Kassari_(Keina)_vallavalitsus, lk 22
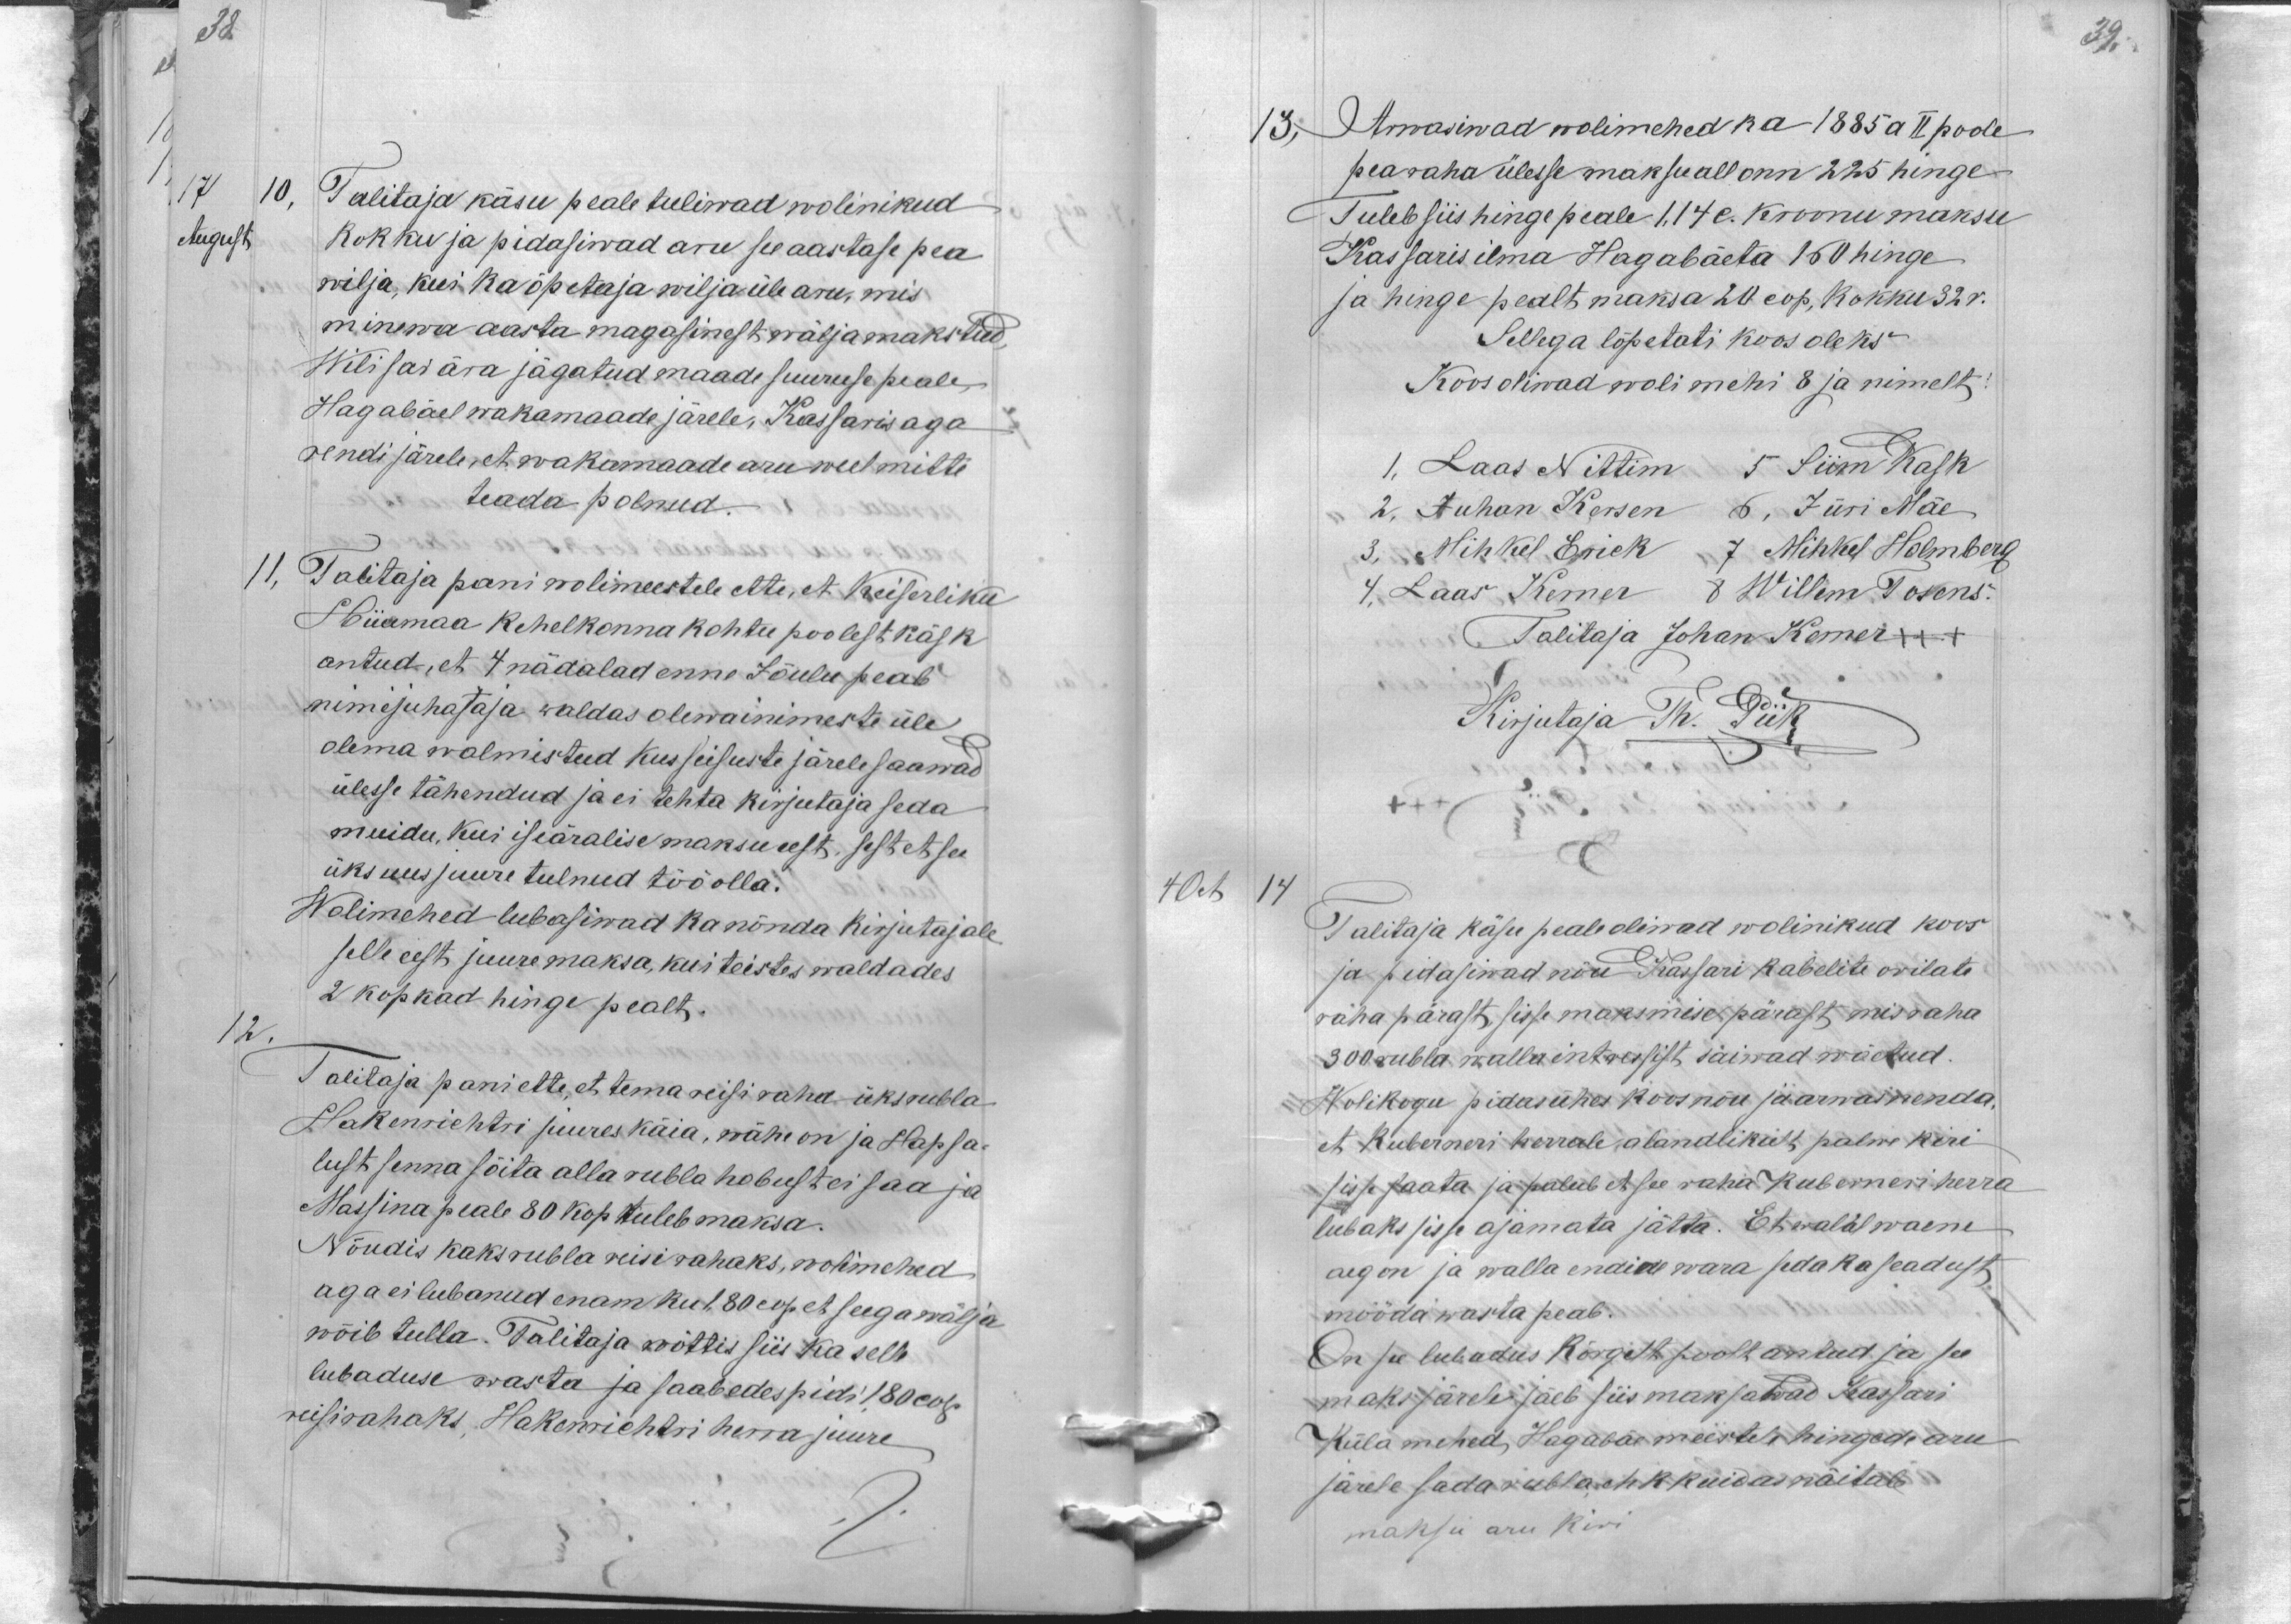
38.

17
10,
Talitaja käsu peale tuliwad wolinikud
August
kokku ja pidasiwad aru see aastase pea
wilja, kui ka õpetaja wilja üle aru, mis
minewa aasta magasinest wälja makstud
Wili sai ära jägatud maade suuruse peale
Hagabäel wakamaade järele, Kassaris aga
rendi järele, et wakamaade aru weel mitte
teada polnud.
11.
Talitaja pani wolimeestele ette, et Keiserliku
Hiiumaa kehelkonna kohtu poolest käsk
antud, et 4 nädalad enne Jõulu peab
nimejuhataja waldas olewa inimeste üle
olema walmistud kus seisuste järele saawad
ülesse tähendud ja ei tehta kirjutaja seda
muidu, kui iseäralise maksu eest, sest et see
üks uus juure tulnud töö olla.
Wolimehed lubasiwad ka nõnda kirjutajale
selle eest juure maksa, kui teistes waldades
2 kopkad hinge pealt.
12.
Talitaja pani ette, et tema reisi raha üks rubla
Hakenrichtri juures käia, wähe on ja Hapsa-
lust senna sõita alla rubla hobust ei saa ja
Massina peale 80 kop tuleb maksa.
Nõudis kaks rubla reisirahaks, wolimehed
aga ei lubanud enam ku 180 cop et seega wälja
wõib tulla. Talitaja wõttis siis ka selle
lubaduse wasta ja saab edes pidi 180 cop
reisirahaks, Hakenrichtri herra juure

39.
13, Arwasiwad wolimehed ka 1885 a II poole
pearaha ülesse maksu all onn 225 hinge
Tuleb siis hinge peale 1,14 c. kroonu maksu
Kassaris ilma Hagabäeta 160 hinge
ja hinge pealt maksa 20 cop, kokku 32 r.
Sellega lõpetati koos oleks
Koos oliwad wolimehi 8 ja nimelt:
1. Laas Nittim 5 Siim Kask
2. Juhan Kersen 6. Jüri Mäe
3. Mihkel Erick 7 Mihkel Holmberg
4. Laas Kerner 8 Willem Tosens.
Talitaja Johan Kerner +++
Kirjutaja Th. Piik
4 Oct
14
Talitaja käsu peale oliwad wolinikud koos
ja pidasiwad nõu Kassari kabelite orilate
raha pärast sisse maksmise pärast mis raha
300 rubla walla intressist säiwad wõetud.
Wolikogu pidas ühes koos nõu ja arwas nenda,
et kuberneri herrale alandlikult palwe kiri
sisse saata ja palub et see raha kuberneri herra
lubaks sisse ajamata jätta. Et walal waene
aeg on ja walla endine wara seda ka seadust
mööda wasta peab.
On see lubadus kõrgelt poolt antud ja see
maks järele jäeb siis maksawad Kassari
küla mehed, Hagabäe meestele hingede aru
järele sada rubla ehk kuidas näitab
maksu aru kiri